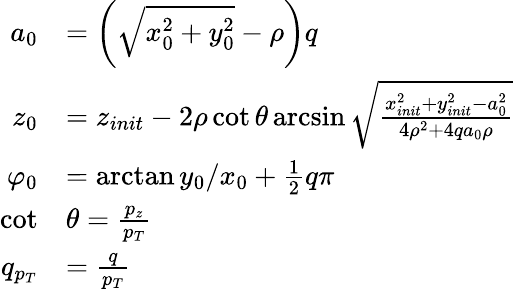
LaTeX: \begin{array}{rl}{a_{0}}&{=\left(\sqrt{x_{0}^{2}+y_{0}^{2}}-\rho\right)q}\\ {z_{0}}&{=z_{init}-2\rho\cot{\theta}\arcsin{\sqrt{\frac{x_{init}^{2}+y_{init}^{2}-a_{0}^{2}}{4\rho^{2}+4qa_{0}\rho}}}}\\ {\varphi_{0}}&{=\arctan{y_{0}/x_{0}}+\frac{1}{2}q\pi}\\ {\cot}&{\theta=\frac{p_{z}}{p_{T}}}\\ {q_{p_{T}}}&{=\frac{q}{p_{T}}}\end{array}